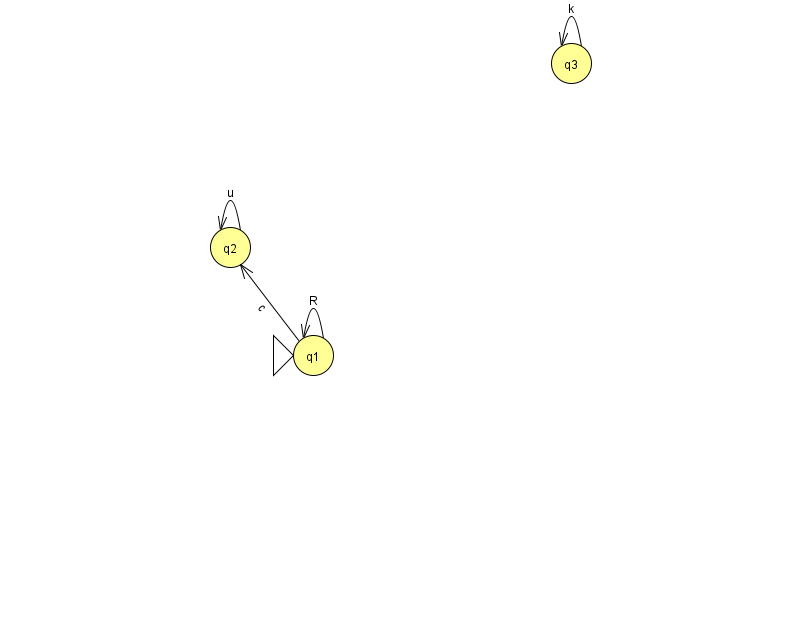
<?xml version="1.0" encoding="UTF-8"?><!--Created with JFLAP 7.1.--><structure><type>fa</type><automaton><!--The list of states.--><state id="1" name="q1"><x>313.0</x><y>342.0</y><initial/></state><state id="2" name="q2"><x>230.0</x><y>234.0</y></state><state id="3" name="q3"><x>571.0</x><y>50.0</y></state><!--The list of transitions.--><transition><from>1</from><to>2</to><read>c</read></transition><transition><from>1</from><to>1</to><read>R</read></transition><transition><from>2</from><to>2</to><read>u</read></transition><transition><from>3</from><to>3</to><read>k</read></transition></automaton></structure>